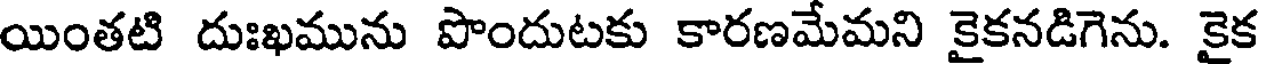
యింతటి దుఃఖమును పొందుటకు కారణమేమని కైకనడిగెను. కైక